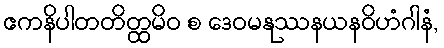
ဧကနိပါတတိတ္ထမိဝ စ ဒေဝမနုဿနယနဝိဟံဂါနံ,